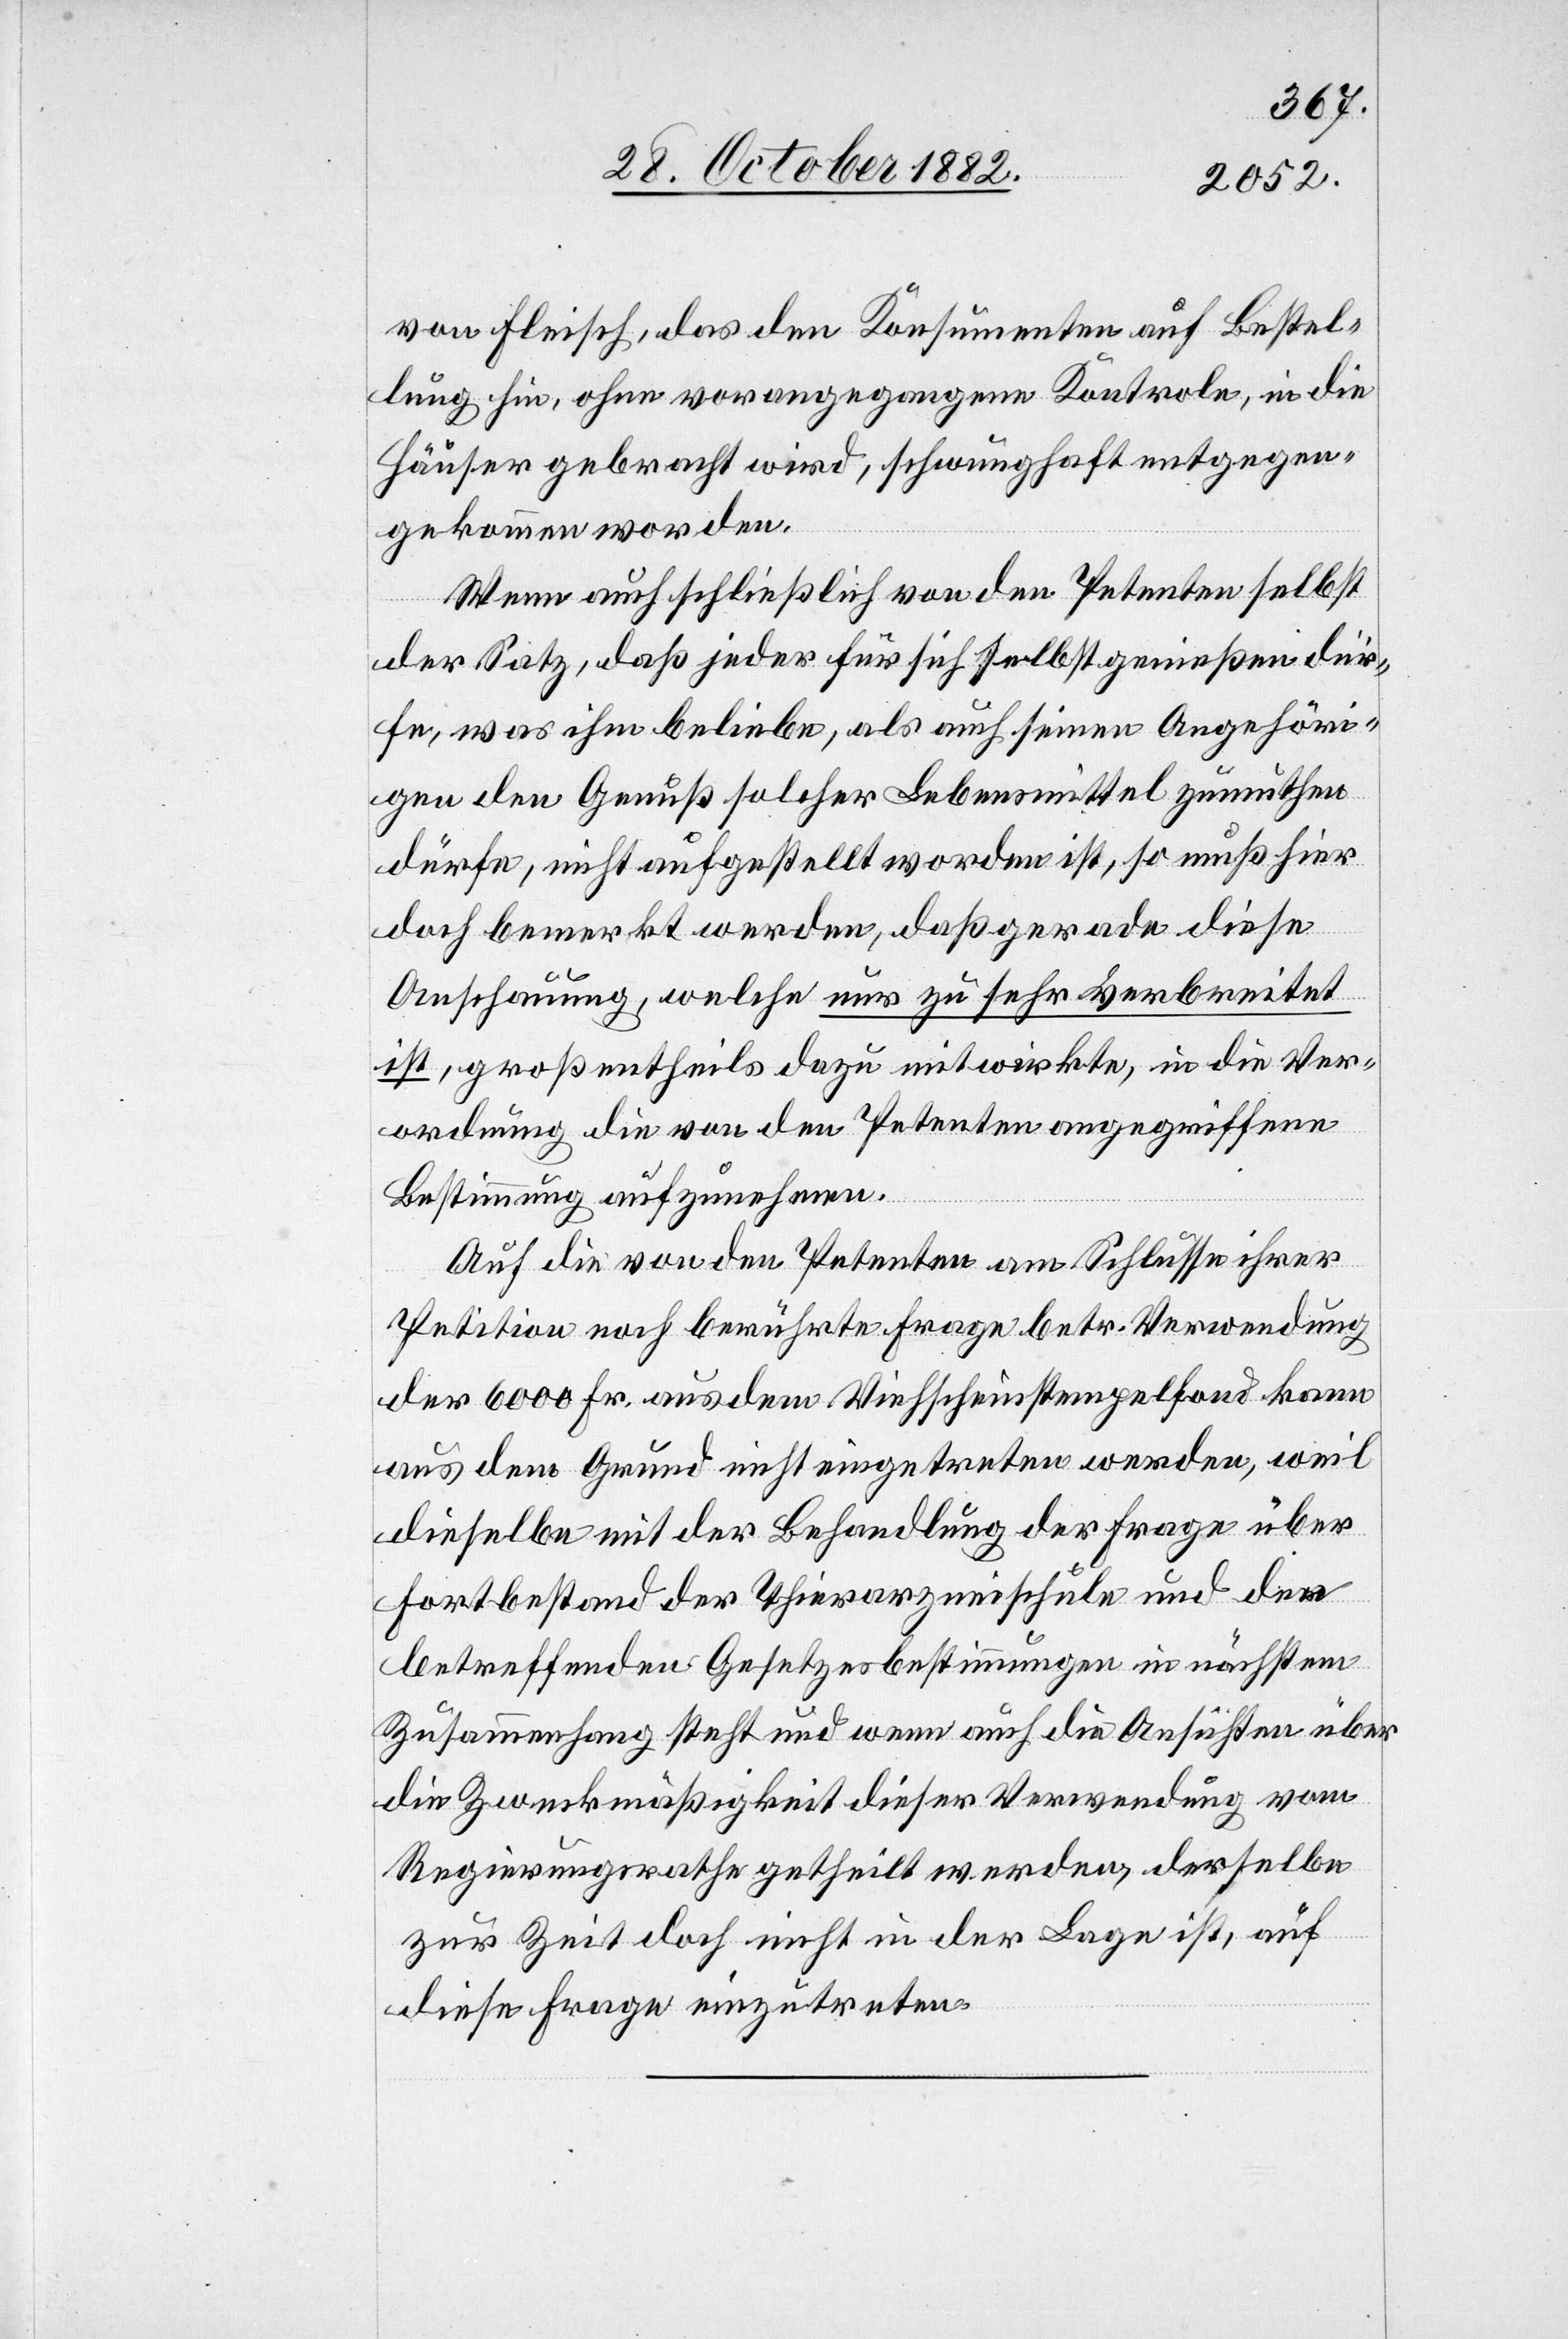
von Fleisch, das den Konsumenten auf Bestel¬
lung hin, ohne vorangegangene Kontrole, in die
Häuser gebracht wird, schwunghaft entgegen¬
gekommen worden.
Wenn auch schließlich von den Petenten selbst
der Satz, daß jeder für sich selbst genießen dür¬
fe, was ihm beliebe, als auch seinen Angehöri¬
gen den Genuß solcher Lebensmittel zumuthen
dürfe, nicht aufgestellt worden ist, so muß hier
doch bemerkt werden, daß gerade diese
Anschauung, welche nur zu sehr verbreitet
ist, großentheils dazu mitwirkte, in die Ver¬
ordnung die von den Petenten angegriffene
Bestimmung aufzunehmen.
Auf die von den Petenten am Schlusse ihrer
Petition noch berührte Frage betr. Verwendung
der 6000 Fr. aus dem Viehscheinstempelfond kann
aus dem Grund nicht eingetreten werden, weil
dieselben mit der Behandlung der Frage über
Fortbestand der Thierarzneischule und der
betreffenden Gesetzbestimmungen in nächstem
Zusammenhang steht und wenn auch die Ansichten über
die Zweckmäßigkeit dieser Verwendung vom
Regierungsrathe getheilt werden, derselbe
zur Zeit doch nicht in der Lage ist, auf
diese Frage einzutreten.